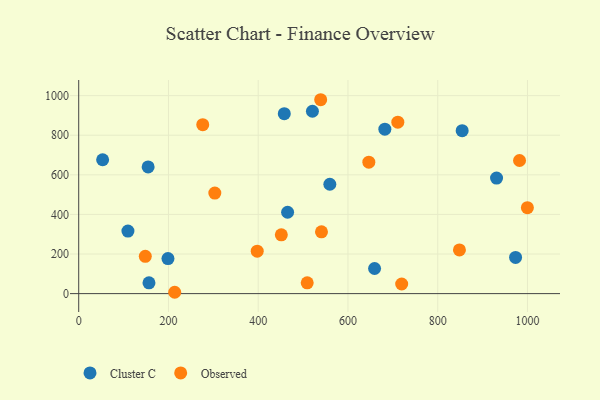
{"axis": {"x": "Distance", "y": "Salary"}, "legend": ["Cluster C", "Observed"], "data": [{"x": "520.8", "y": 921.2, "type": "Cluster C"}, {"x": "458.1", "y": 908.9, "type": "Cluster C"}, {"x": "465.5", "y": 411.0, "type": "Cluster C"}, {"x": "156.6", "y": 54.7, "type": "Cluster C"}, {"x": "854.5", "y": 823.1, "type": "Cluster C"}, {"x": "659.3", "y": 127.0, "type": "Cluster C"}, {"x": "973.5", "y": 182.8, "type": "Cluster C"}, {"x": "559.6", "y": 552.4, "type": "Cluster C"}, {"x": "198.9", "y": 177.1, "type": "Cluster C"}, {"x": "154.7", "y": 639.7, "type": "Cluster C"}, {"x": "109.7", "y": 315.8, "type": "Cluster C"}, {"x": "931.1", "y": 583.5, "type": "Cluster C"}, {"x": "53.3", "y": 676.2, "type": "Cluster C"}, {"x": "682.2", "y": 830.4, "type": "Cluster C"}, {"x": "719.7", "y": 48.5, "type": "Observed"}, {"x": "397.8", "y": 214.4, "type": "Observed"}, {"x": "848.4", "y": 220.7, "type": "Observed"}, {"x": "509.2", "y": 54.3, "type": "Observed"}, {"x": "982.3", "y": 672.4, "type": "Observed"}, {"x": "646.5", "y": 664.1, "type": "Observed"}, {"x": "711.1", "y": 865.7, "type": "Observed"}, {"x": "276.4", "y": 853.1, "type": "Observed"}, {"x": "541.0", "y": 312.3, "type": "Observed"}, {"x": "303.3", "y": 507.9, "type": "Observed"}, {"x": "148.4", "y": 188.2, "type": "Observed"}, {"x": "539.2", "y": 979.3, "type": "Observed"}, {"x": "999.8", "y": 434.3, "type": "Observed"}, {"x": "213.9", "y": 6.8, "type": "Observed"}, {"x": "451.5", "y": 296.9, "type": "Observed"}]}